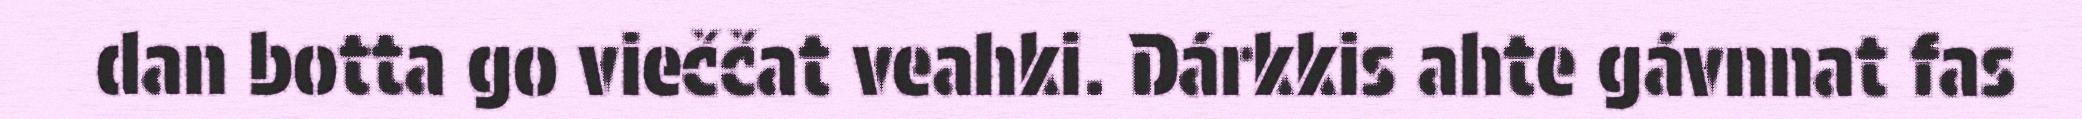
dan botta go vieččat veahki. Dárkkis ahte gávnnat fas